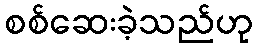
စစ်ဆေးခဲ့သည်ဟု